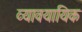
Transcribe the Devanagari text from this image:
व्‍यावयायिक